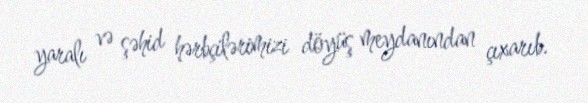
yaralı və şəhid hərbçilərimizi döyüş meydanından çıxarıb.